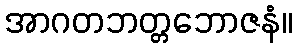
အာဂတဘတ္တဘောဇနံ။